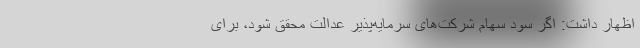
اظهار داشت: اگر سود سهام شرکت‌های سرمایه‌پذیر عدالت محقق شود، برای